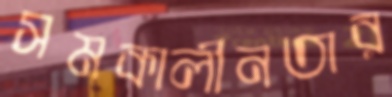
সমকালীনতার